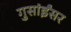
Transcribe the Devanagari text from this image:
गुसांईंसर